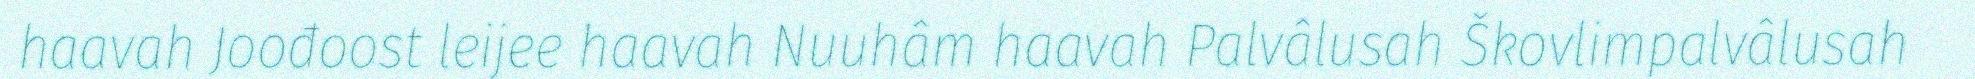
haavah Joođoost leijee haavah Nuuhâm haavah Palvâlusah Škovlimpalvâlusah